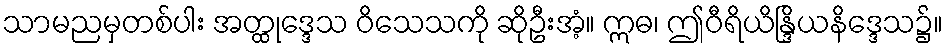
သာမညမှတစ်ပါး အတ္ထုဒ္ဒေသ ဝိသေသကို ဆိုဦးအံ့။ ဣဓ၊ ဤဝီရိယိန္ဒြိယနိဒ္ဒေသ၌။